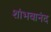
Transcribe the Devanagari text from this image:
शांभवानंद